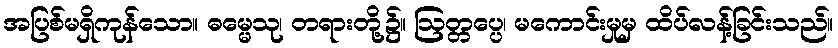
အပြစ်မရှိကုန်သော။ ဓမ္မေသု၊ တရားတို့၌။ ဩတ္တပ္ပေ၊ မကောင်းမှုမှ ထိပ်လန့်ခြင်းသည်။